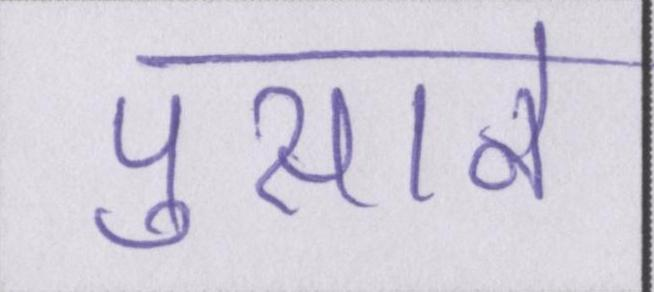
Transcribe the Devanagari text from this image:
पुराने